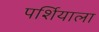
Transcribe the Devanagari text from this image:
पर्शियाला